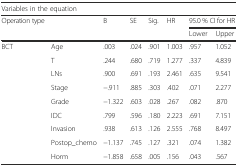
<table><thead><tr><td colspan="8"><b>Variables in the equation</b></td></tr><tr><td><b>Operation type</b></td><td></td><td><b>B</b></td><td><b>SE</b></td><td><b>Sig.</b></td><td><b>HR</b></td><td colspan="2"><b>95.0 % CI for HR</b></td></tr><tr><td></td><td></td><td></td><td></td><td></td><td></td><td><b>Lower</b></td><td><b>Upper</b></td></tr></thead><tbody><tr><td rowspan="9">BCT</td><td>Age</td><td>.003</td><td>.024</td><td>.901</td><td>1.003</td><td>.957</td><td>1.052</td></tr><tr><td>T</td><td>.244</td><td>.680</td><td>.719</td><td>1.277</td><td>.337</td><td>4.839</td></tr><tr><td>LNs</td><td>.900</td><td>.691</td><td>.193</td><td>2.461</td><td>.635</td><td>9.541</td></tr><tr><td>Stage</td><td>−.911</td><td>.885</td><td>.303</td><td>.402</td><td>.071</td><td>2.277</td></tr><tr><td>Grade</td><td>−1.322</td><td>.603</td><td>.028</td><td>.267</td><td>.082</td><td>.870</td></tr><tr><td>IDC</td><td>.799</td><td>.596</td><td>.180</td><td>2.223</td><td>.691</td><td>7.151</td></tr><tr><td>Invasion</td><td>.938</td><td>.613</td><td>.126</td><td>2.555</td><td>.768</td><td>8.497</td></tr><tr><td>Postop_chemo</td><td>−1.137</td><td>.745</td><td>.127</td><td>.321</td><td>.074</td><td>1.382</td></tr><tr><td>Horm</td><td>−1.858</td><td>.658</td><td>.005</td><td>.156</td><td>.043</td><td>.567</td></tr></tbody></table>